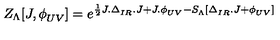
Z _ { \Lambda } [ J , \phi _ { U V } ^ { \phantom { a } } ] = e ^ { \frac { 1 } { 2 } J . \Delta _ { I R } ^ { \phantom { a } } . J + J . \phi _ { U V } ^ { \phantom { a } } - S _ { \Lambda } ^ { \phantom { 1 } } [ \Delta _ { I R } ^ { \phantom { a } } . J + \phi _ { U V } ^ { \phantom { a } } ] }